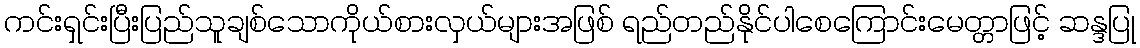
ကင်းရှင်းပြီးပြည်သူချစ်သောကိုယ်စားလှယ်များအဖြစ် ရည်တည်နိုင်ပါစေကြောင်းမေတ္တာဖြင့် ဆန္ဒပြု